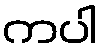
ကပါ